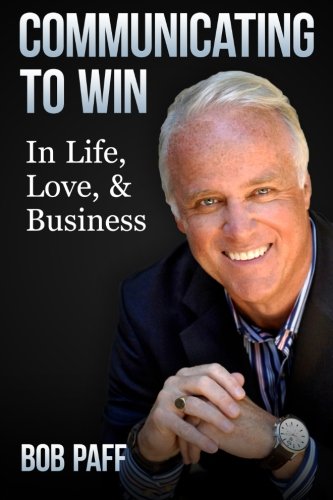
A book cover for Communicating To Win: In Life, Love, and Business; Bob Paff; Self-Help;